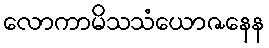
လောကာမိသသံယောဇနေန